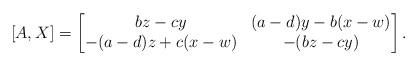
LaTeX: \begin{align*}[A,X]=\begin{bmatrix}bz-cy & (a-d)y-b(x-w)\\-(a-d)z+c(x-w) & -(bz-cy)\end{bmatrix}.\end{align*}